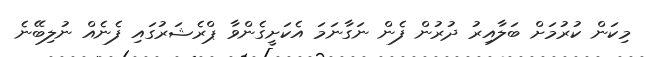
މިކަން ކުރުމަށް ބަލާއިރު ދުރުން ފެން ނަގާނަމަ އެކަށީގެންވާ ޕްރެޝަރުގައި ފެނެއް ނުލިބޭނެ